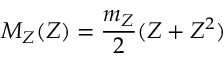
M _ { Z } ( Z ) = \frac { m _ { Z } } { 2 } ( Z + Z ^ { 2 } )